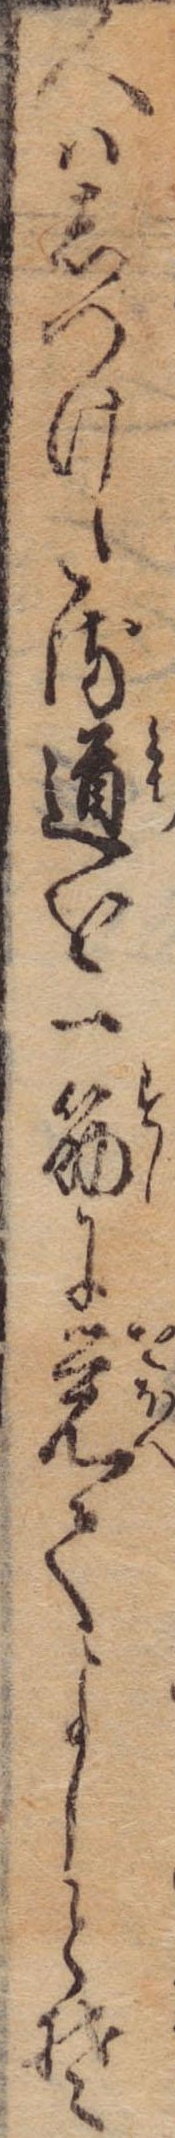
人はしつけたる道を一筋に覚てよしとそ